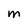
Character: m